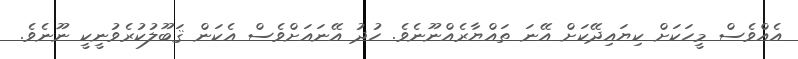
އެެއްވެސް މީހަކަށް ކިޔައިދޭކަށް އޭނަ ތައްޔާރެއްނޫނެވެ. ހުދު އޭނައަށްވެސް އެކަން ޤަބޫލުކުރެވުނީކީ ނޫނެވެ.